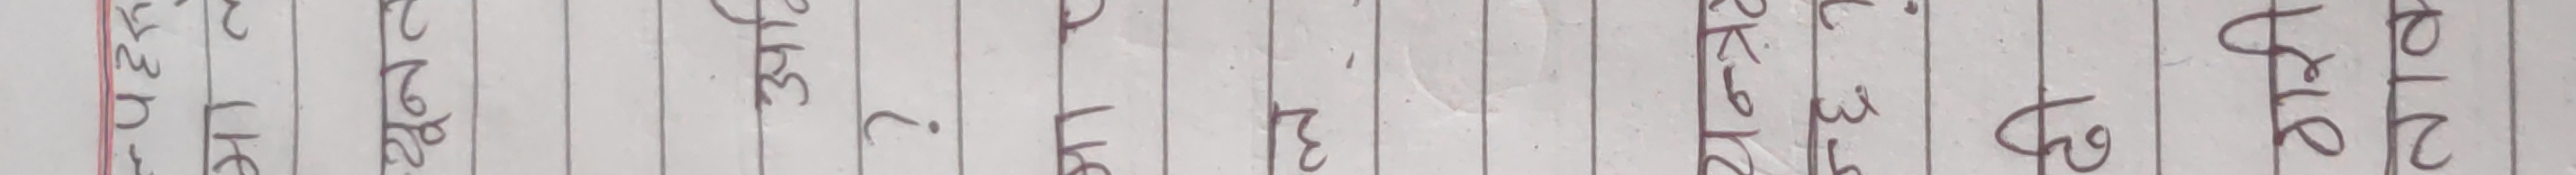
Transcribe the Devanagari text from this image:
प्रश्न उ.२६ ३० ?. ३ २० २५ ३४ ६ ३ गो प्र.२७